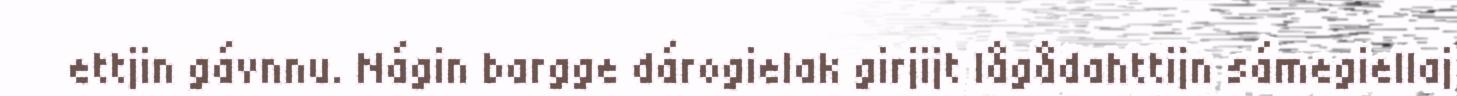
ettjin gávnnu. Nágin bargge dárogielak girjijt lågådahttijn sámegiellaj